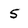
Character: 5